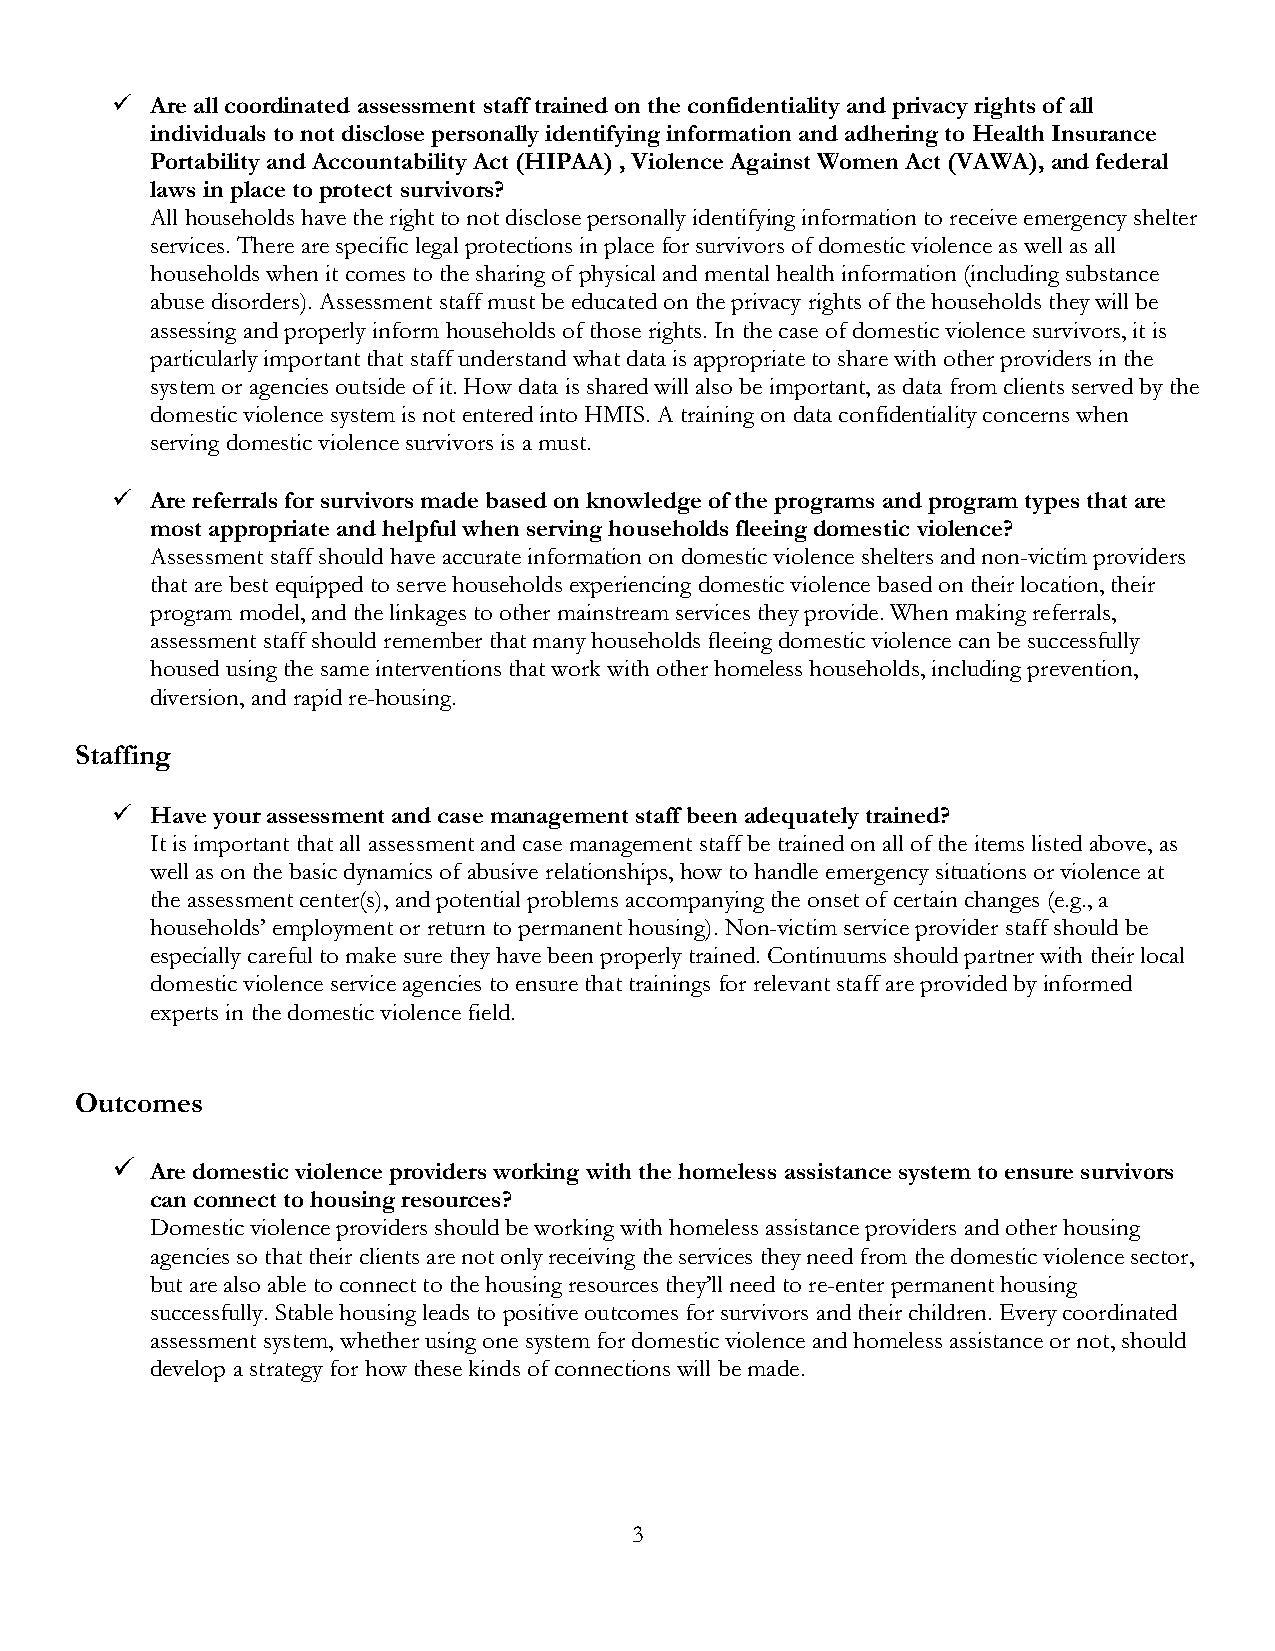
  Are all coordinated assessment staff trained on the confidentiality and privacy rights of all
 individuals to not disclose personally identifying information and adhering to Health Insurance
 Portability and Accountability Act (HIPAA) , Violence Against Women Act (VAWA), and federal
 laws in place to protect survivors?
 All households have the right to not disclose personally identifying information to receive emergency shelter
 services. There are specific legal protections in place for survivors of domestic violence as well as all
 households when it comes to the sharing of physical and mental health information (including substance
 abuse disorders). Assessment staff must be educated on the privacy rights of the households they will be
 assessing and properly inform households of those rights. In the case of domestic violence survivors, it is
 particularly important that staff understand what data is appropriate to share with other providers in the
 system or agencies outside of it. How data is shared will also be important, as data from clients served by the
 domestic violence system is not entered into HMIS. A training on data confidentiality concerns when
 serving domestic violence survivors is a must.
   Are referrals for survivors made based on knowledge of the programs and program types that are
 most appropriate and helpful when serving households fleeing domestic violence?
 Assessment staff should have accurate information on domestic violence shelters and non-victim providers
 that are best equipped to serve households experiencing domestic violence based on their location, their
 program model, and the linkages to other mainstream services they provide. When making referrals,
 assessment staff should remember that many households fleeing domestic violence can be successfully
 housed using the same interventions that work with other homeless households, including prevention,
 diversion, and rapid re-housing.
 Staffing
   Have your assessment and case management staff been adequately trained?
 It is important that all assessment and case management staff be trained on all of the items listed above, as
 well as on the basic dynamics of abusive relationships, how to handle emergency situations or violence at
 the assessment center(s), and potential problems accompanying the onset of certain changes (e.g., a
 households’ employment or return to permanent housing). Non-victim service provider staff should be
 especially careful to make sure they have been properly trained. Continuums should partner with their local
 domestic violence service agencies to ensure that trainings for relevant staff are provided by informed
 experts in the domestic violence field.
 Outcomes
   Are domestic violence providers working with the homeless assistance system to ensure survivors
 can connect to housing resources?
 Domestic violence providers should be working with homeless assistance providers and other housing
 agencies so that their clients are not only receiving the services they need from the domestic violence sector,
 but are also able to connect to the housing resources they’ll need to re-enter permanent housing
 successfully. Stable housing leads to positive outcomes for survivors and their children. Every coordinated
 assessment system, whether using one system for domestic violence and homeless assistance or not, should
 develop a strategy for how these kinds of connections will be made.
 3